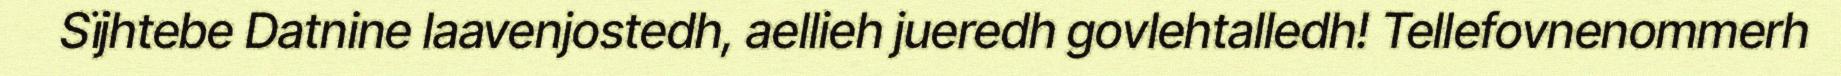
Sïjhtebe Datnine laavenjostedh, aellieh jueredh govlehtalledh! Tellefovnenommerh